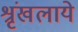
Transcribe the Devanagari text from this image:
श्रृंखलाये